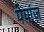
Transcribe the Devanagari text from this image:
पेपांज़